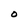
Character: O